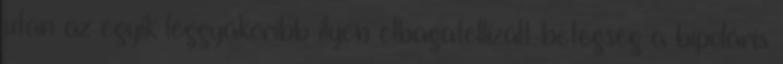
után az egyik leggyakoribb ilyen elbagatellizált betegség a bipoláris